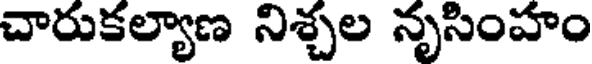
చారుకల్యాణ నిశ్చల నృసింహం